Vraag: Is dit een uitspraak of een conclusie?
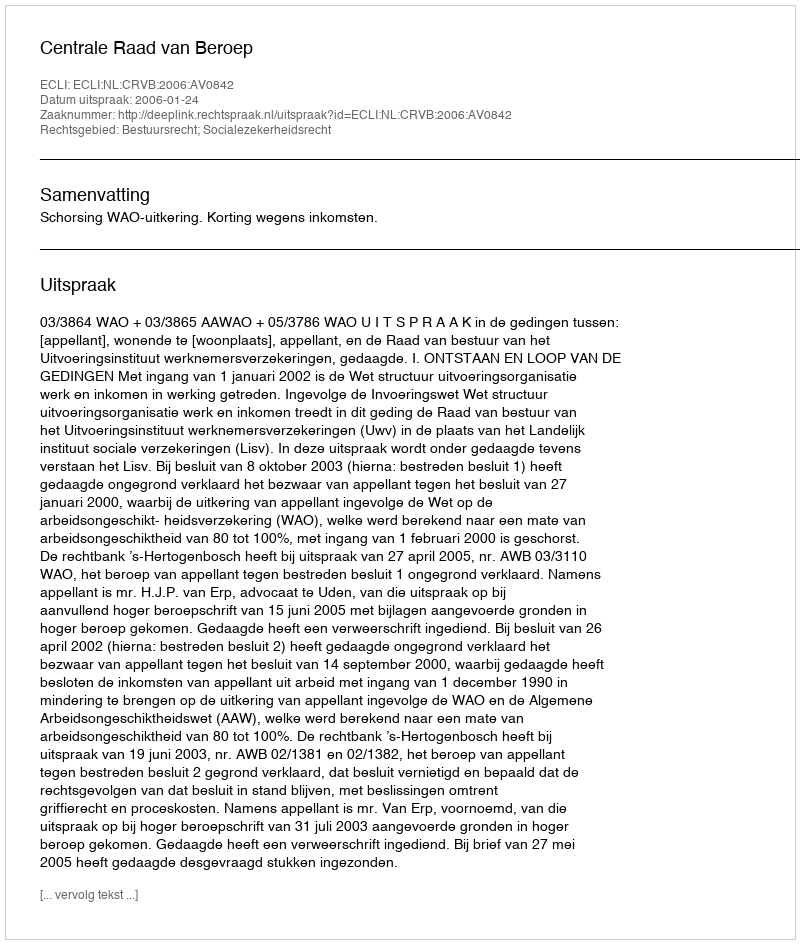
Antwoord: Uitspraak